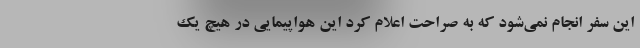
این سفر انجام نمی‌شود که به صراحت اعلام کرد این هواپیمایی در هیچ یک